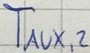
Text: TAUX,2